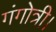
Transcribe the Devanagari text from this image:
गंगोत्री।